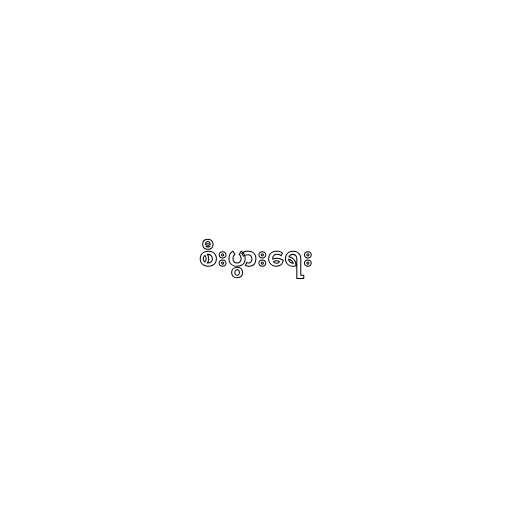
စီးပွားရေး